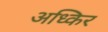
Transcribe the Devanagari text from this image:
अध्किर